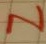
Text: N